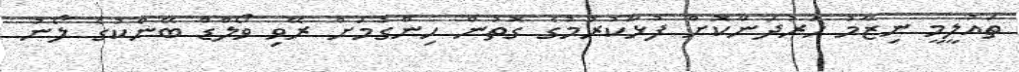
ތައުލީމީ ނިޒާމު ހަރުދަނާކޮށް ފުޅާކުރުމުގެ ގޮތުން ހިންގުމަށް ރޭވި ވޯލްޑް ބޭންކުގެ ލޯނު